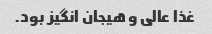
غذا عالی و هیجان انگیز بود.